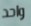
واحد